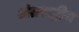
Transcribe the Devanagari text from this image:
अंतराट्रीय